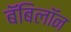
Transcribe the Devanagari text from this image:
बॅबिलॉन